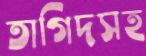
তাগিদসহ